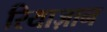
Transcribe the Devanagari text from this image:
रियाज़ान